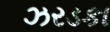
ઝરડકા